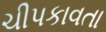
ચીપકાવતા